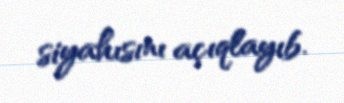
siyahısını açıqlayıb.